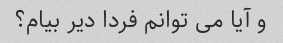
و آیا می توانم فردا دیر بیام؟